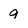
Character: 9